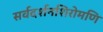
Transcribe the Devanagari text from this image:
सर्वदर्शनशिरोमणि